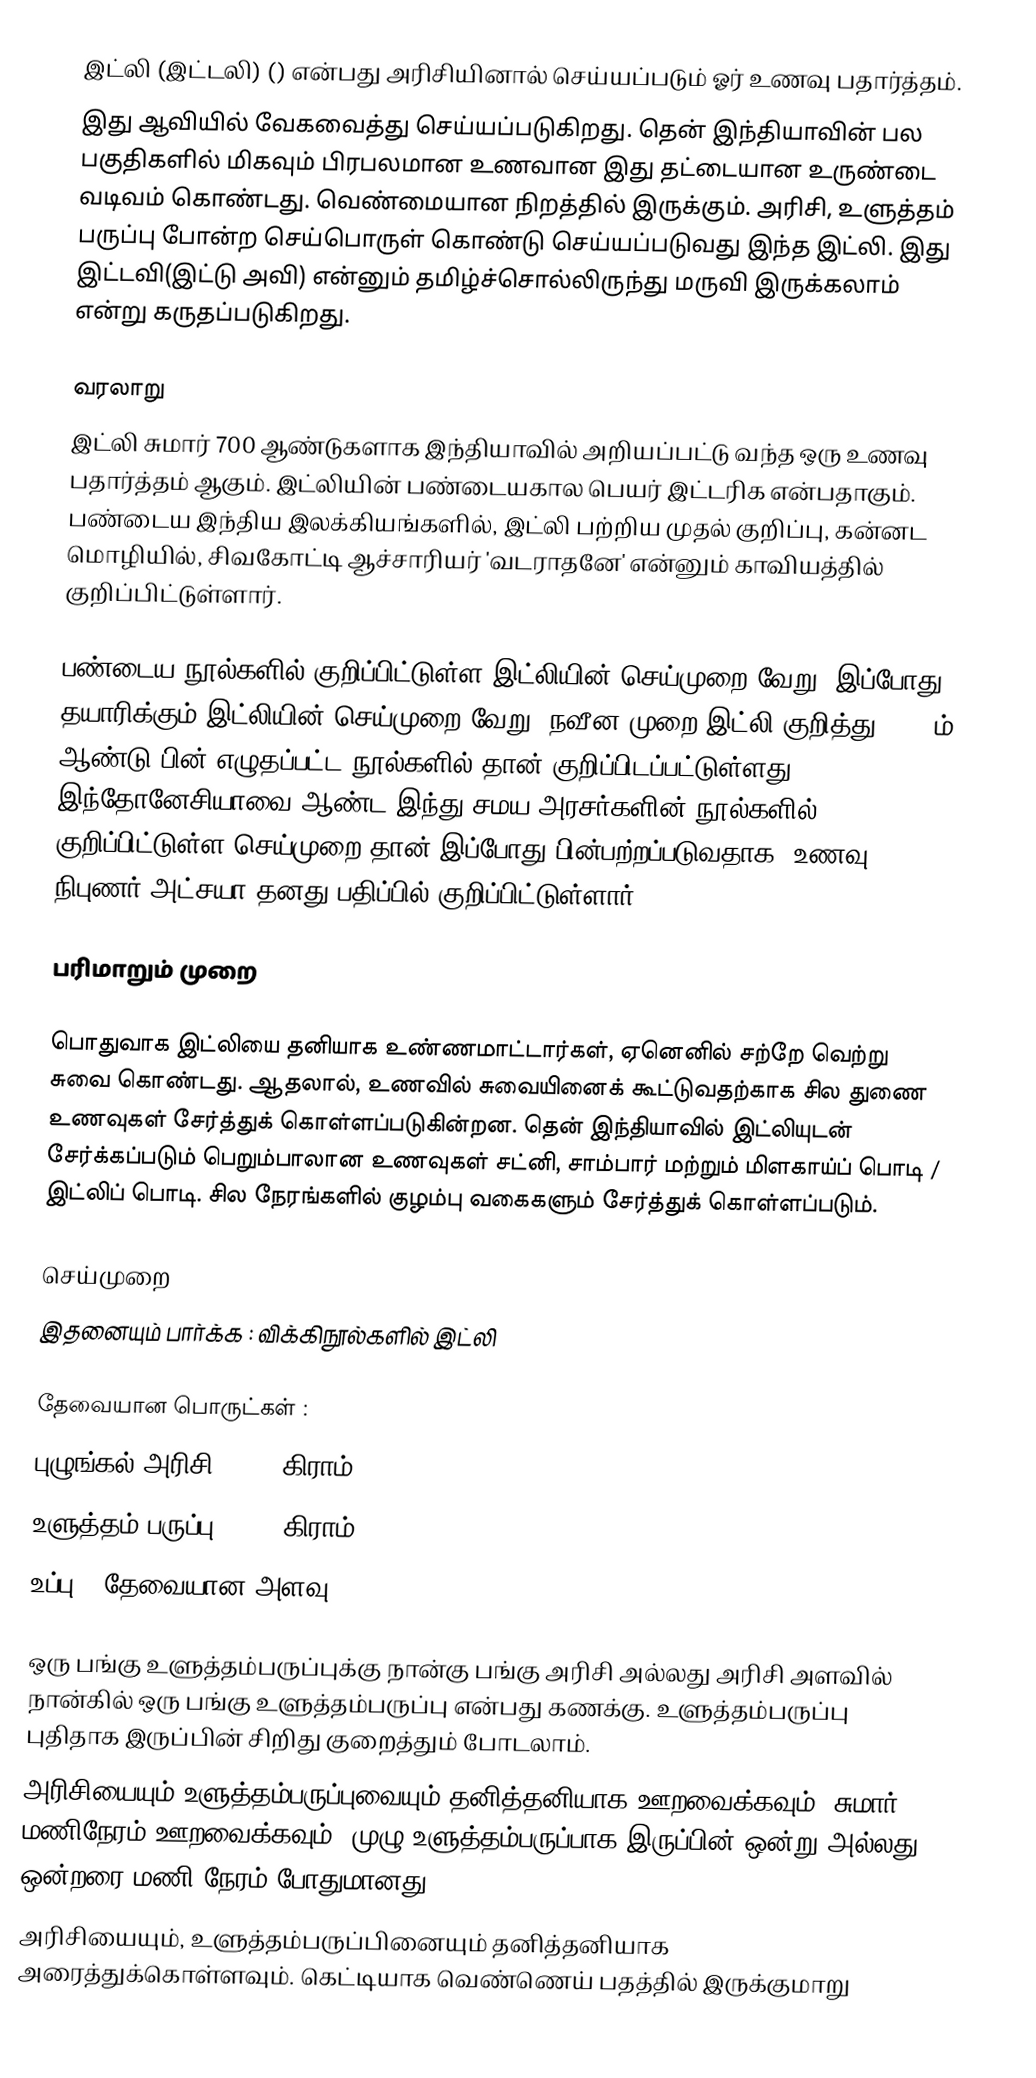
இட்லி (இட்டலி) () என்பது அரிசியினால் செய்யப்படும் ஓர் உணவு பதார்த்தம்.
இது ஆவியில் வேகவைத்து செய்யப்படுகிறது. தென் இந்தியாவின் பல பகுதிகளில் மிகவும் பிரபலமான உணவான இது தட்டையான உருண்டை வடிவம் கொண்டது. வெண்மையான நிறத்தில் இருக்கும். அரிசி, உளுத்தம் பருப்பு போன்ற செய்பொருள் கொண்டு செய்யப்படுவது இந்த இட்லி. இது இட்டவி(இட்டு அவி) என்னும் தமிழ்ச்சொல்லிருந்து மருவி இருக்கலாம் என்று கருதப்படுகிறது.

வரலாறு
இட்லி சுமார் 700 ஆண்டுகளாக இந்தியாவில் அறியப்பட்டு வந்த ஒரு உணவு பதார்த்தம் ஆகும். இட்லியின் பண்டையகால பெயர் இட்டரிக என்பதாகும். பண்டைய இந்திய இலக்கியங்களில், இட்லி பற்றிய முதல் குறிப்பு, கன்னட மொழியில், சிவகோட்டி ஆச்சாரியர் 'வடராதனே' என்னும் காவியத்தில் குறிப்பிட்டுள்ளார்.

பண்டைய நூல்களில் குறிப்பிட்டுள்ள இட்லியின் செய்முறை வேறு, இப்போது தயாரிக்கும் இட்லியின் செய்முறை வேறு. நவீன முறை இட்லி குறித்து, 1250ம் ஆண்டு பின் எழுதப்பட்ட நூல்களில் தான் குறிப்பிடப்பட்டுள்ளது. இந்தோனேசியாவை ஆண்ட இந்து சமய அரசர்களின் நூல்களில் குறிப்பிட்டுள்ள செய்முறை தான் இப்போது பின்பற்றப்படுவதாக, உணவு நிபுணர் அட்சயா தனது பதிப்பில் குறிப்பிட்டுள்ளார்.

பரிமாறும் முறை

பொதுவாக இட்லியை தனியாக உண்ணமாட்டார்கள், ஏனெனில் சற்றே வெற்று சுவை கொண்டது. ஆதலால், உணவில் சுவையினைக் கூட்டுவதற்காக சில துணை உணவுகள் சேர்த்துக் கொள்ளப்படுகின்றன. தென் இந்தியாவில் இட்லியுடன் சேர்க்கப்படும் பெறும்பாலான உணவுகள் சட்னி, சாம்பார் மற்றும் மிளகாய்ப் பொடி / இட்லிப் பொடி. சில நேரங்களில் குழம்பு வகைகளும் சேர்த்துக் கொள்ளப்படும்.

செய்முறை
இதனையும் பார்க்க : விக்கிநூல்களில்  இட்லி

தேவையான பொருட்கள் :
புழுங்கல் அரிசி - 400 கிராம்
உளுத்தம் பருப்பு - 100 கிராம்
உப்பு - தேவையான அளவு

 ஒரு பங்கு உளுத்தம்பருப்புக்கு நான்கு பங்கு அரிசி அல்லது அரிசி அளவில் நான்கில் ஒரு பங்கு உளுத்தம்பருப்பு என்பது கணக்கு. உளுத்தம்பருப்பு புதிதாக இருப்பின் சிறிது குறைத்தும் போடலாம்.
 அரிசியையும் உளுத்தம்பருப்புவையும் தனித்தனியாக ஊறவைக்கவும். சுமார் 3 மணிநேரம் ஊறவைக்கவும். முழு உளுத்தம்பருப்பாக இருப்பின் ஒன்று அல்லது ஒன்றரை மணி நேரம் போதுமானது.
 அரிசியையும், உளுத்தம்பருப்பினையும் தனித்தனியாக அரைத்துக்கொள்ளவும். கெட்டியாக வெண்ணெய் பதத்தில் இருக்குமாறு